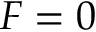
F = 0